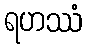
ရဟဿံ